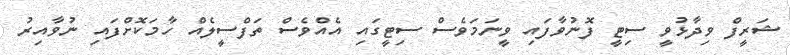
ޝަރީފް ވިދާޅުވީ ސިޓީ ފޮނުވާފައި ވީނަމަވެސް ސިޓީގައި އެއްވެސް ތަފްސީލެއް ހާމަކޮށްފައި ނުވާއިރު